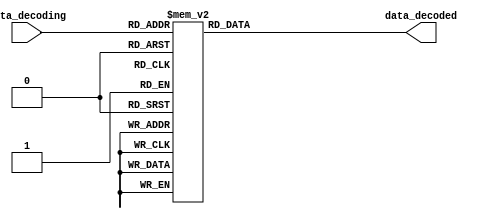
/* Receiver */
/* 7 Segment Decoder Module */

/* 7 segnment decoder which decodes the
receiver data from the ASCII code to the
corresponding hexdecimal number and shows 
them on the 7 segment LED */

module Decoder7SegmentRx
(
	data_decoding,
	data_decoded
);

input  	[3:0]		data_decoding;					// data need decodeing: half part of ASCII code of 4 bits 

output 	[6:0]		data_decoded;					// data decoded: 7 segment LED data: 7 bits

reg 	 	[6:0]		data_decoded;


always @(data_decoding)
begin
	case(data_decoding)
		// 0 for turn on the LED of the 7 segment
		4'b0000:	data_decoded = 7'b1000000;		// 0
		4'b0001:	data_decoded = 7'b1111001;		// 1
		4'b0010:	data_decoded = 7'b0100100;		// 2
		4'b0011:	data_decoded = 7'b0110000;		// 3
		4'b0100:	data_decoded = 7'b0011001;		// 4
		4'b0101:	data_decoded = 7'b0010010;		// 5
		4'b0110:	data_decoded = 7'b0000010;		// 6
		4'b0111:	data_decoded = 7'b1111000;		// 7
		4'b1000:	data_decoded = 7'b0000000;		// 8
		4'b1001:	data_decoded = 7'b0010000;  	// 9
		4'b1010:	data_decoded = 7'b0001000;		// A
		4'b1011:	data_decoded = 7'b0000011;		// B
		4'b1100:	data_decoded = 7'b1000110;		// C
		4'b1101:	data_decoded = 7'b0100001;		// D
		4'b1110:	data_decoded = 7'b0000110; 	// E
		4'b1111:	data_decoded = 7'b0001110; 	// F
		default:	data_decoded = 7'b1111111;		// all lights turn off
	endcase
end
endmodule